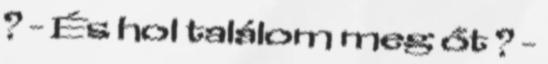
? - És hol találom meg őt ? -